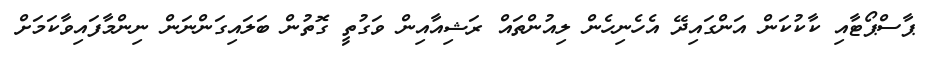
ޕާސްޕޯޓާއި ކާކުކަން އަންގައިދޭ އެހެނިހެން ލިއުންތައް ރަޝިއާއިން ވަގުތީ ގޮތުން ބަލައިގަންނަން ނިންމާފައިވާކަމަށް